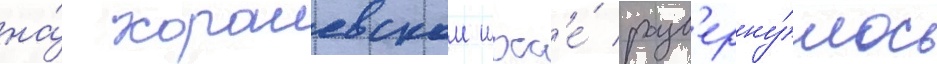
на́ хорошевском шосс'е́ разв'ерну́лось